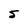
Character: 5